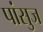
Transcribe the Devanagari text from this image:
पांसुज